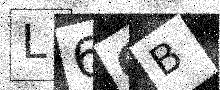
Text: L6GB